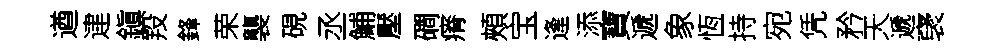
遒䢖鎭羖鋒荣襲硯丞鯆壓磵瘠頰宝逢添寶遞象恆持宛凭矜天遞裦